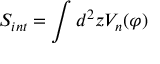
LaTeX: S _ { i n t } = \int d ^ { 2 } z V _ { n } ( \varphi )